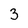
Character: 3